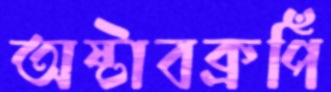
অষ্টাবক্রপিঁ